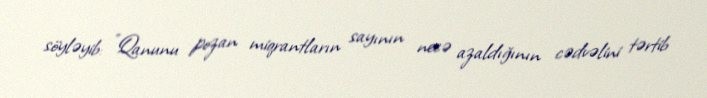
söyləyib: "Qanunu pozan miqrantların sayının necə azaldığının cədvəlini tərtib